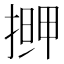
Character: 𭡹